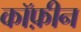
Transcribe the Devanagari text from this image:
कॉफ़ीन